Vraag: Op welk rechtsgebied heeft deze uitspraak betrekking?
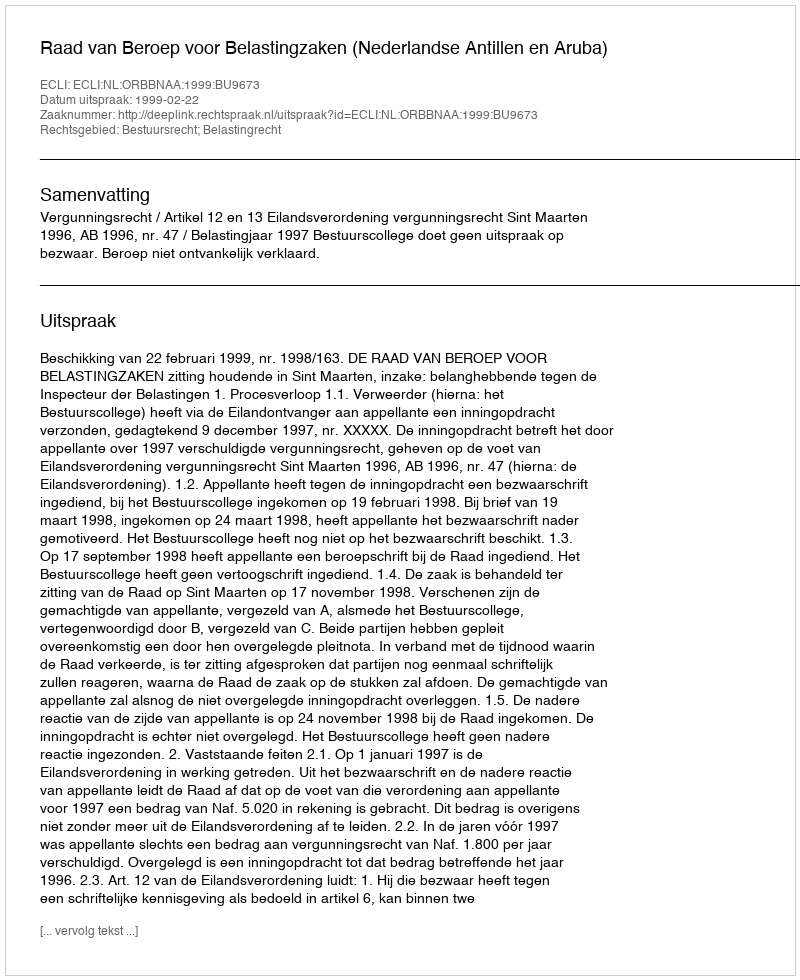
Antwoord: Bestuursrecht; Belastingrecht